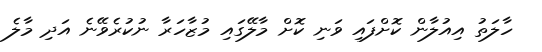
ހާލަތު އިއުލާން ކޮށްފައި ވަނި ކޮށް މާލޭގައި މުޒާހަރާ ނުކުރެވޭނެ އަދި މާލެ